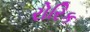
રોરિક